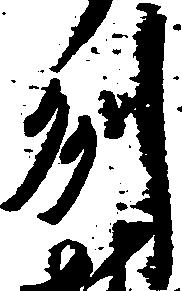
州